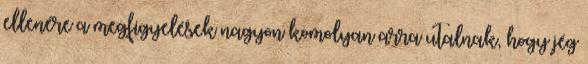
ellenére a megfigyelések nagyon komolyan arra utalnak, hogy jég